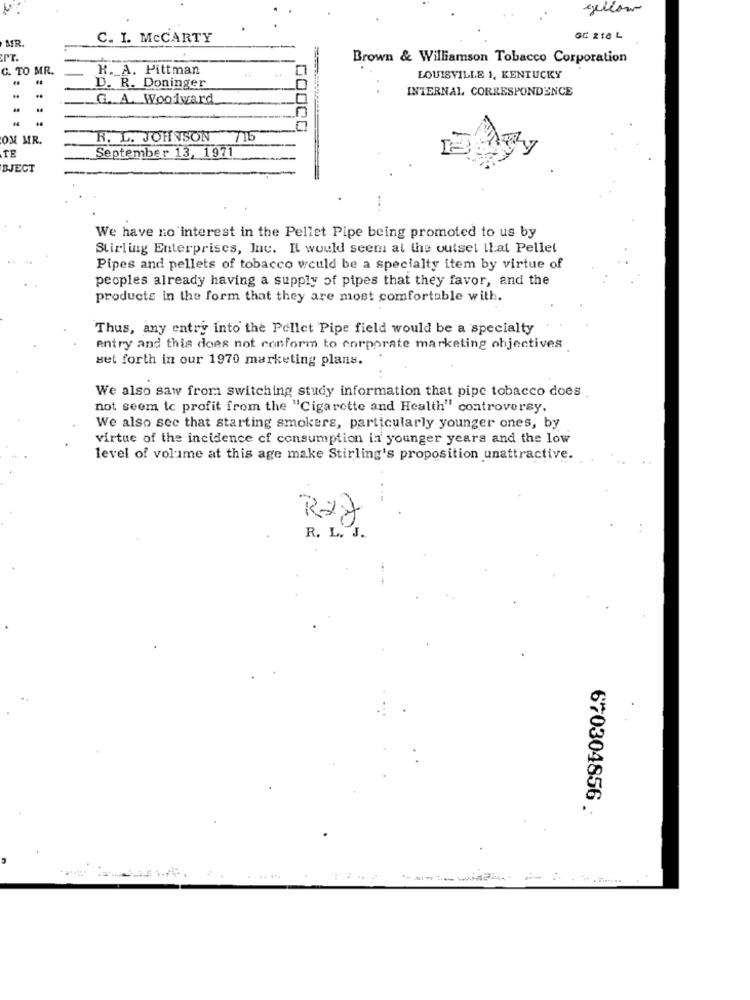
yellow
MR.
C. I. MCCARTY
GC 210 L
Brown & Williamson Tobacco Corporation
C. TO MR.
K. A. Pittman
LOUISVILLE 1, KENTUCKY
D. R. Doninger
INTERNAL CORRESPONDENCE
G. A. Woodward
OM MR.
R. L. JOHNSON 715
TE
September 13, 1971
BJECT
... .
We have no interest in the Pellet Pipe being promoted to us by
Stirling Enterprises, Inc. Il would seem at the outset that Pellet
Pipes and pellets of tobacco would be a specialty item by virtue of
peoples already having a supply of pipes that they favor, and the
products in the form that they are most comfortable with.
Thus, any entry into the Pellet Pipe field would be a specialty
Antry and this does not conform to corporate marketing objectives
set forth in our 1970 marketing plans.
We also saw from switching study information that pipe tobacco does
not seem tc profit from the "Cigarette and Health" controversy.
We also see that starting smokers, particularly younger ones, by
virtue of the incidence cf consumption ir younger years and the low
level of volume at this age make Stirling's proposition unattractive.
Raj
R. L. J.
670304856 .
.. ...